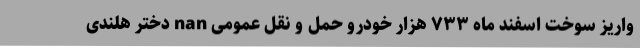
واریز سوخت اسفند ماه ۷۳۳ هزار خودرو حمل و نقل عمومی nan دختر هلندی